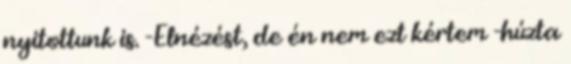
nyitottunk is. -Elnézést, de én nem ezt kértem -húzta